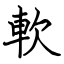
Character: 軟